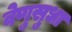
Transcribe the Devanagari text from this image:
वेणुसुधा